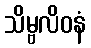
သိမ္ဗလိဝနံ